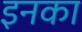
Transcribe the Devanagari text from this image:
इनका